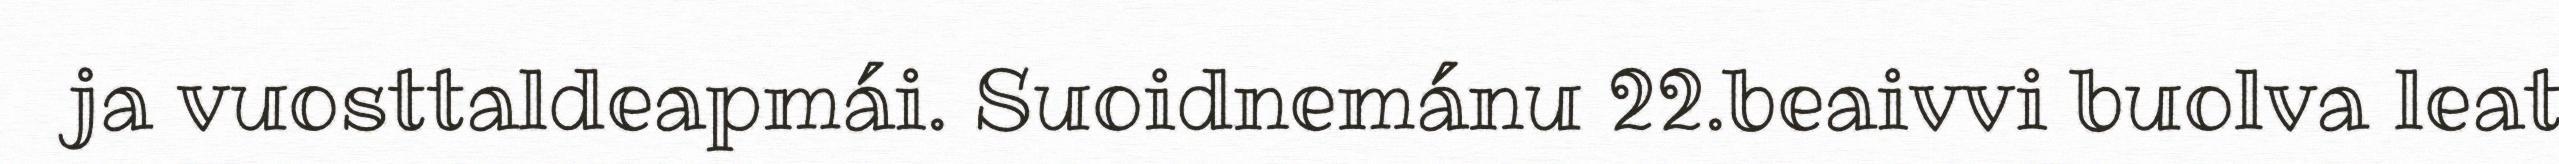
ja vuosttaldeapmái. Suoidnemánu 22.beaivvi buolva leat